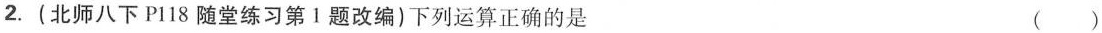
2. (北师八下P118随堂练习第1题改编)下列运算正确的是 ()